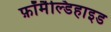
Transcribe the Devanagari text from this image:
फ़ॉर्मैल्डिहाइड